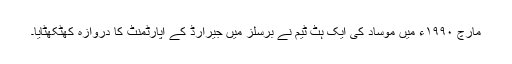
مارچ ۱۹۹۰ء میں موساد کی ایک ہٹ ٹیم نے برسلز میں جیرارڈ کے اپارٹمنٹ کا دروازہ کھٹکھٹایا۔